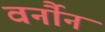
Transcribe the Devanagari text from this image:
वर्नौन